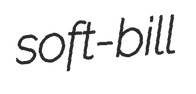
soft-bill